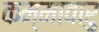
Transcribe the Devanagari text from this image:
कम्मावारु